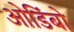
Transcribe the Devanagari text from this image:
ओडिंबो